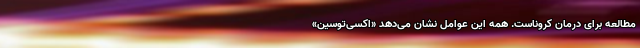
مطالعه برای درمان کروناست. همه این عوامل نشان می‌دهد «اکسی‌توسین»